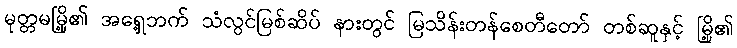
မုတ္တမမြို့၏ အရှေ့ဘက် သံလွင်မြစ်ဆိပ် နားတွင် မြသိန်းတန်စေတီတော် တစ်ဆူနှင့် မြို့၏